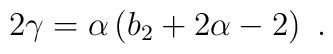
2\gamma= \alpha \left(b_2 + 2\alpha -2\right)\ .